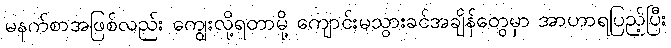
မနက်စာအဖြစ်လည်း ကျွေးလို့ရတာမို့ ကျောင်းမသွားခင်အချိန်တွေမှာ အာဟာရပြည့်ပြီး